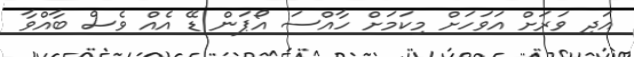
އަދި ވަރަށް އަވަހަށް މިކަމަށް ހާއްސަ އޯޕަން ޑޭ އެއް ވެސް ބާއްވާ